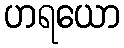
ဟရယော